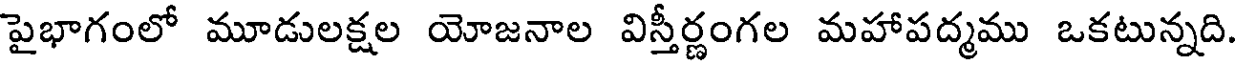
పైభాగంలో మూడులక్షల యోజనాల విస్తీర్ణంగల మహాపద్మము ఒకటున్నది.